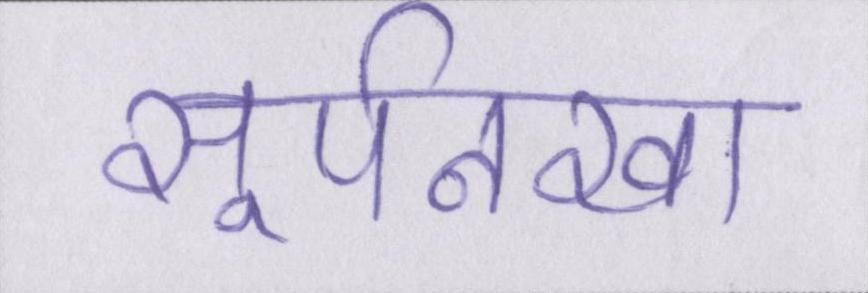
सूर्पनखा